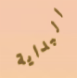
البداية